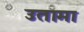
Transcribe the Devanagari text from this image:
उतामा